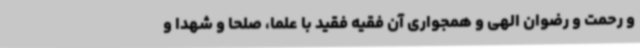
و رحمت و رضوان الهی و همجواری آن فقیه فقید با علما، صلحا و شهدا و